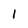
Character: 1